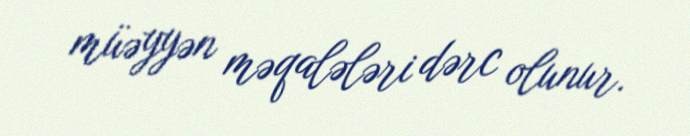
müəyyən məqalələri dərc olunur.